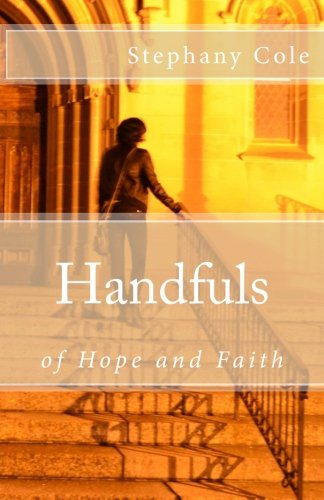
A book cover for Handfuls of Hope and Faith; Stephany Cole; Mystery, Thriller & Suspense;